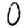
Digit: 0